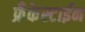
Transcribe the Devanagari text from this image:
फ्रँकेस्टाईन